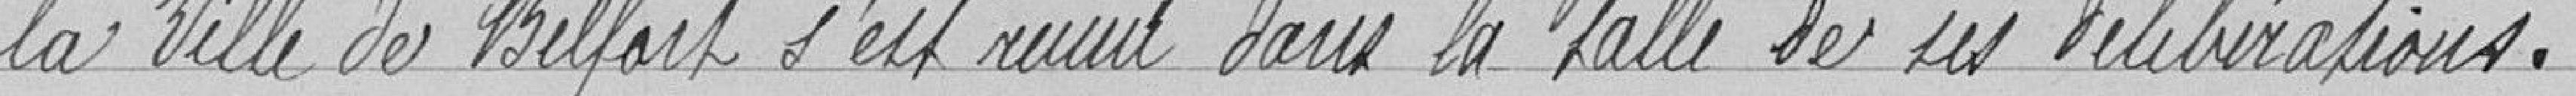
la ville de Belfort s'est réunie dans la salle de ses délibérations.